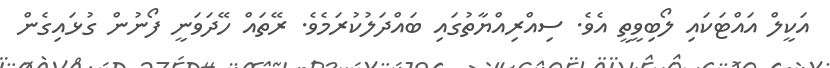
އަކީލް އަައްޓަކައި ލޯބިވީތީ އެވެ. ސިއްރިއްޔާތުގައި ބައްދަލުކުރަމެވެ. ރޭތައް ހޭދަވަނީ ފޯނުން ގުޅައިގެން